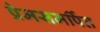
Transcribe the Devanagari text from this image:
प्रेमसमर्पित